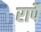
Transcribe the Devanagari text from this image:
रापैं